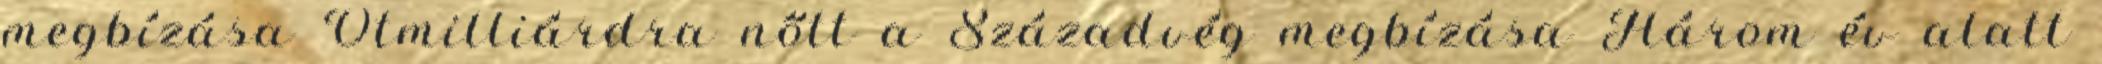
megbízása Ötmilliárdra nőtt a Századvég megbízása Három év alatt